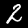
Label: 2